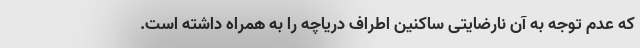
که عدم توجه به آن نارضایتی ساکنین اطراف دریاچه را به همراه داشته است.